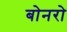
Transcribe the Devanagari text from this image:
बोनरो